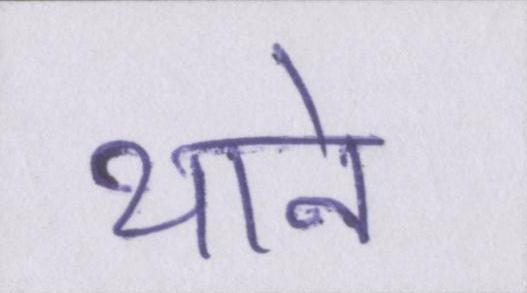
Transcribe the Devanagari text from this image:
थाने